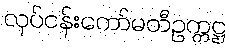
လုပ်ငန်းကော်မတီဥက္ကဋ္ဌ